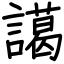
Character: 譪